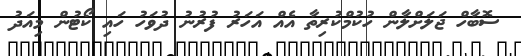
ސޮބާހް ޖަލަށްލާން ހުކުމްކުރިތާ އެއް އަހަރު ފުރުނު ދުވަހު ހައި ކޯޓުން މިއަދު